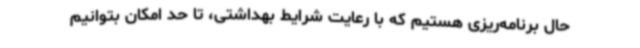
حال برنامه‌ریزی هستیم که با رعایت شرایط بهداشتی، تا حد امکان بتوانیم